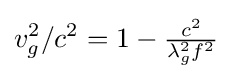
v_{g}^{2}/c^{2}=1-{\tfrac {c^{2}}{\lambda _{g}^{2}f^{2}}}